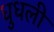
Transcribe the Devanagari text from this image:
धुधली